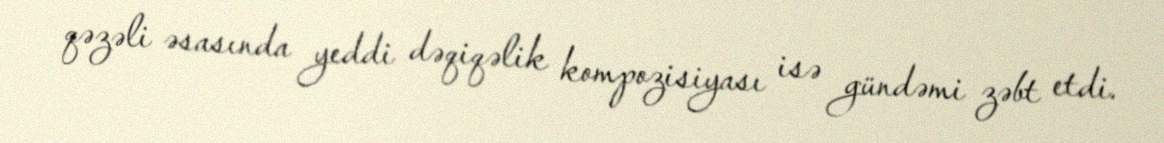
qəzəli əsasında yeddi dəqiqəlik kompozisiyası isə gündəmi zəbt etdi.